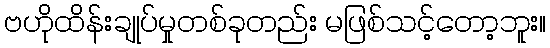
ဗဟိုထိန်းချုပ်မှုတစ်ခုတည်း မဖြစ်သင့်တော့ဘူး။